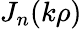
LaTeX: J_{n}(k\rho)